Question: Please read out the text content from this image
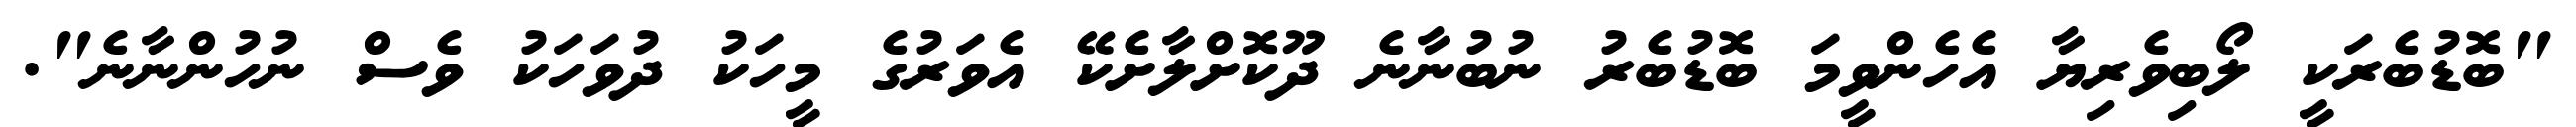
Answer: "ބޮޑުބެރަކީ ލޯބިވެރިޔާ އެހެންވީމަ ބޮޑުބެރު ނުބުނާނެ ދޫކޮށްލާށެކޭ އެވަރުގެ މީހަކު ދުވަހަކު ވެސް ނުހުންނާނެ".